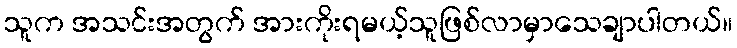
သူက အသင်းအတွက် အားကိုးရမယ့်သူဖြစ်လာမှာသေချာပါတယ်။